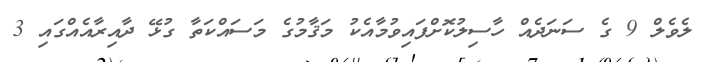
ލެވެލް 9 ގެ ސަނަދެއް ހާސިލުކޮށްފައިވުމާއެކު މަޤާމުގެ މަސައްކަތާ ގުޅޭ ދާއިރާއެއްގައި 3